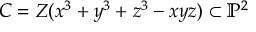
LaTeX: C = Z ( x ^ { 3 } + y ^ { 3 } + z ^ { 3 } - x y z ) \subset \mathbb { P } ^ { 2 }